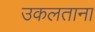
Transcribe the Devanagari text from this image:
उकलताना